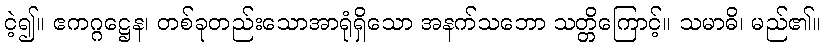
ငဲ့၍။ ဧကဂ္ဂဋ္ဌေန၊ တစ်ခုတည်းသောအာရုံရှိသော အနက်သဘော သတ္တိကြောင့်။ သမာဓိ၊ မည်၏။